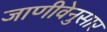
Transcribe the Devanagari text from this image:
जाणीवेनुसार